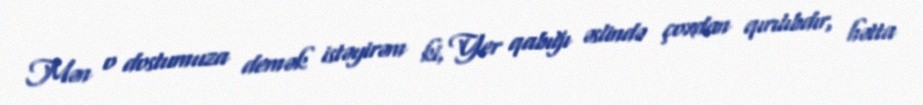
Mən o dostumuza demək istəyirəm ki, Yer qabığı əslində çoxdan qırılıbdır, hətta